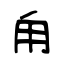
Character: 甪